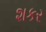
શકર